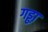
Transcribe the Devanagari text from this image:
गड्ढा़